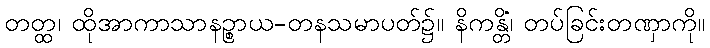
တတ္ထ၊ ထိုအာကာသာနဉ္စာယ-တနသမာပတ်၌။ နိကန္တိံ၊ တပ်ခြင်းတဏှာကို။